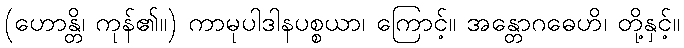
(ဟောန္တိ၊ ကုန်၏။) ကာမုပါဒါနပစ္စယာ၊ ကြောင့်။ အန္တောဂဓေဟိ၊ တို့နှင့်။